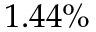
1 . 4 4 \%